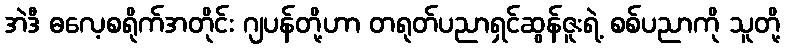
အဲဒီ ဓလေ့စရိုက်အတိုင်း ဂျပန်တို့ဟာ တရုတ်ပညာရှင်ဆွန်ဇူးရဲ့ စစ်ပညာကို သူတို့